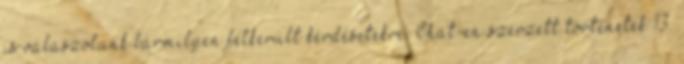
is válaszolunk bármilyen felkerült kérdésetekre. Chat-en szerzett történetek 13.